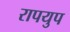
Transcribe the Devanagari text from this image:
रापयुप